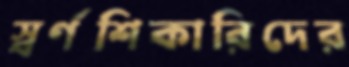
স্বর্ণশিকারিদের